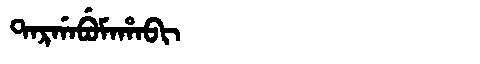
Manchu: ᡨᠠᡵᡤᠠᠪᡠᠮᠠᡥᠠᠪᡳ
Romanization: TARGABUMAHABI